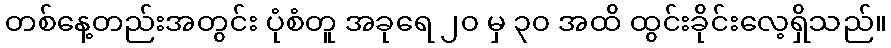
တစ်နေ့တည်းအတွင်း ပုံစံတူ အခုရေ ၂၀ မှ ၃၀ အထိ ထွင်းခိုင်းလေ့ရှိသည်။